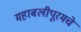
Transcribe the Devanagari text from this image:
महाबलीपूरमचे